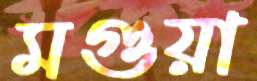
মগুয়া